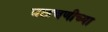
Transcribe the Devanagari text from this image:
वळचणीच्या